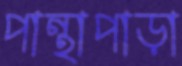
পান্থাপাড়া